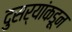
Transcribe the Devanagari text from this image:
दुसर्‍यांकडून